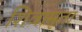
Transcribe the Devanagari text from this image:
शिवामृता